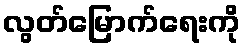
လွတ်မြောက်ရေးကို